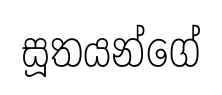
සූතයන්ගේ